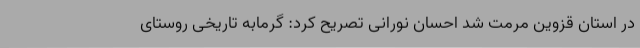
در استان قزوین مرمت شد احسان نورانی تصریح کرد: گرمابه تاریخی روستای